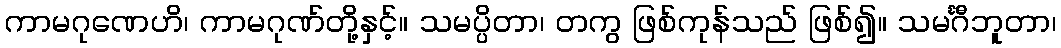
ကာမဂုဏေဟိ၊ ကာမဂုဏ်တို့နှင့်။ သမပ္ပိတာ၊ တကွ ဖြစ်ကုန်သည် ဖြစ်၍။ သမင်္ဂီဘူတာ၊